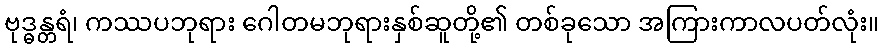
ဗုဒ္ဓန္တရံ၊ ကဿပဘုရား ဂေါတမဘုရားနှစ်ဆူတို့၏ တစ်ခုသော အကြားကာလပတ်လုံး။